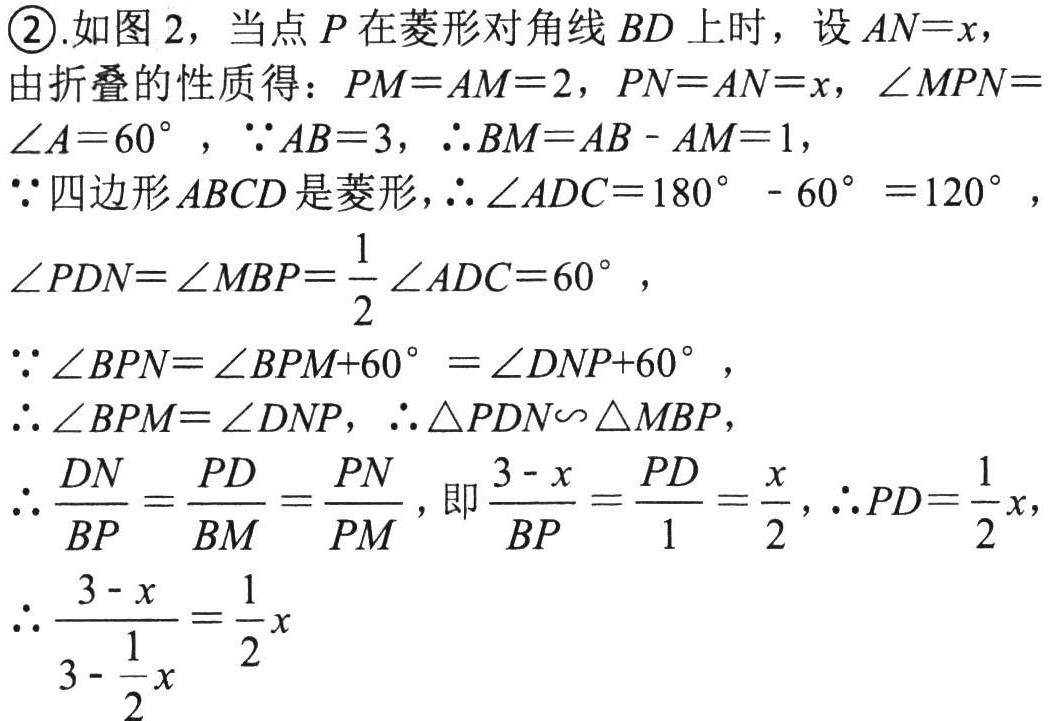
\textcircled{2}.如图 2，当点 \(P\) 在菱形对角线 \(BD\) 上时，设 \(AN = x\)，
由折叠的性质得：\(PM = AM = 2\)，\(PN = AN = x\)，\(\angle MPN=\angle A = 60^{\circ}\)，\(\because AB = 3\)，\(\therefore BM=AB - AM = 1\)，
\(\because\)四边形 \(ABCD\) 是菱形，\(\therefore\angle ADC = 180^{\circ}-60^{\circ}=120^{\circ}\)，
\(\angle PDN=\angle MBP=\frac{1}{2}\angle ADC = 60^{\circ}\)，
\(\because\angle BPN=\angle BPM + 60^{\circ}=\angle DNP + 60^{\circ}\)，
\(\therefore\angle BPM=\angle DNP\)，\(\therefore\triangle PDN\sim\triangle MBP\)，
\(\therefore\frac{DN}{BP}=\frac{PD}{BM}=\frac{PN}{PM}\)，即\(\frac{3 - x}{BP}=\frac{PD}{1}=\frac{x}{2}\)，\(\therefore PD=\frac{1}{2}x\)，
\(\therefore\frac{3 - x}{3-\frac{1}{2}x}=\frac{1}{2}x\)